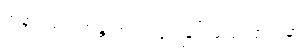
အနာဂါမ် ရဟန္တာဟု ကွဲပြားခြင်းအကြောင်းမှာ